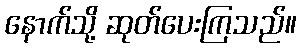
နောက်သို့ ဆုတ်ပေးကြသည်။